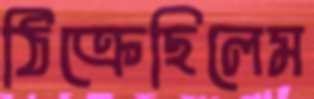
ঠিক্‌রেছিলেম